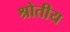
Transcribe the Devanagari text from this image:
श्रोतीय